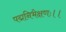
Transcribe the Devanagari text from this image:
पद्मनिभेक्षणः।।